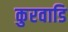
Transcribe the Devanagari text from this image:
कुरवाडि